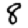
Digit: 8